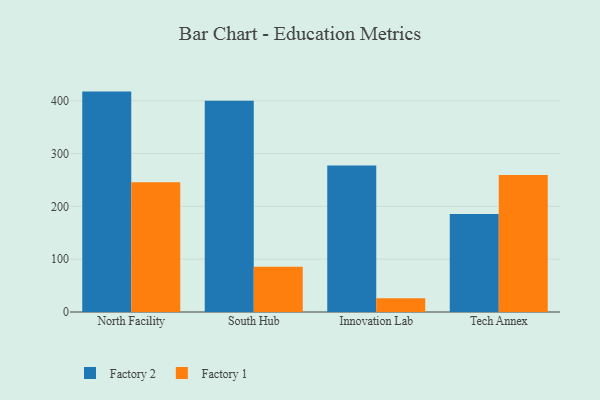
{"axis": {"x": "Campus", "y": "Temperature (°C)"}, "legend": ["Factory 1", "Factory 2"], "data": [{"x": "North Facility", "y": 417.2, "type": "Factory 2"}, {"x": "North Facility", "y": 245.8, "type": "Factory 1"}, {"x": "South Hub", "y": 399.7, "type": "Factory 2"}, {"x": "South Hub", "y": 85.5, "type": "Factory 1"}, {"x": "Innovation Lab", "y": 277.5, "type": "Factory 2"}, {"x": "Innovation Lab", "y": 25.9, "type": "Factory 1"}, {"x": "Tech Annex", "y": 185.5, "type": "Factory 2"}, {"x": "Tech Annex", "y": 259.2, "type": "Factory 1"}]}